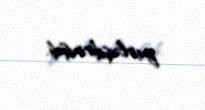
yerləşdirmişdi.